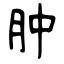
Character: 肿